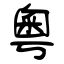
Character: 粵